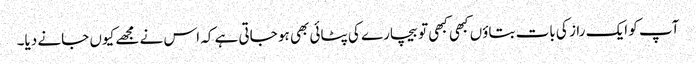
آپ کو ایک راز کی بات بتاؤں کبھی کبھی تو بیچارے کی پٹائی بھی ہو جاتی ہے کہ اس نے مجھے کیوں جانے دیا۔